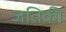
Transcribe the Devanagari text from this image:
जतिकी